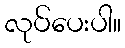
လုပ်ပေးပါ။